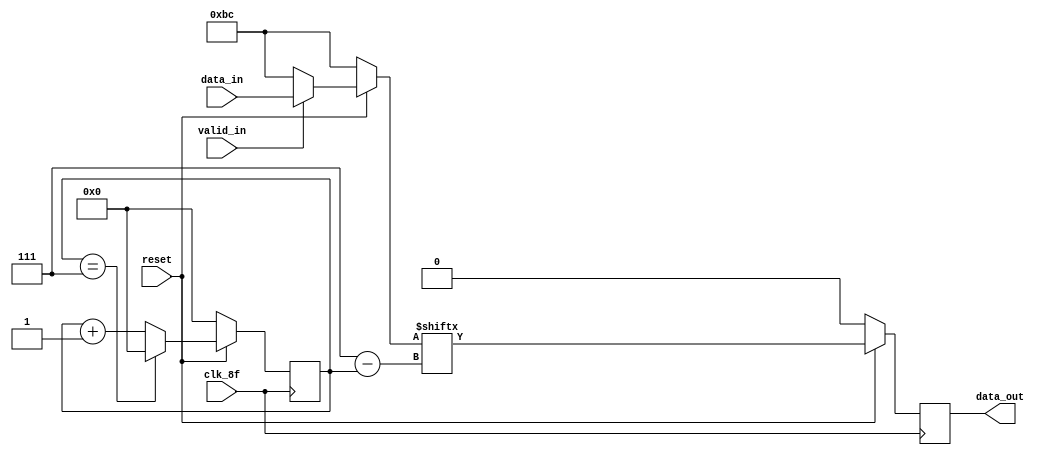
module partoserial(
    input [7:0]data_in,
    input valid_in,
    input reset,
    input clk_8f,
    output reg data_out);

reg [7:0]data2send;
reg [3:0]contador;

always @(*)begin
//data_out=data2send[7-contador];
    if(reset==0)begin
        data2send='hBC;
    end
    else begin
       if (valid_in==1)
            data2send=data_in;
        else
            data2send='hBC; 
    end
 
end


always @(posedge clk_8f)begin
    if(reset==0)begin
        data_out<='b0;
        //data2send<=data_in;
        contador<=0;
    end
    else begin    
        data_out<=data2send[7-contador];
        contador<=contador+1;
        if(contador==7)begin
            contador<='b0;
        end
    end
end

endmodule